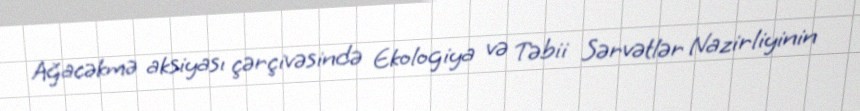
Ağacəkmə aksiyası çərçivəsində Ekologiya və Təbii Sərvətlər Nazirliyinin